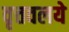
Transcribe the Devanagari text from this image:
वृत्तवलये